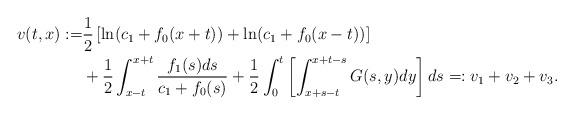
LaTeX: \begin{align*}\begin{aligned}v(t,x):=&\frac{1}{2}\left[\ln (c_1+f_0(x+t))+\ln(c_1+f_0(x-t))\right]\\& +\frac{1}{2}\int_{x-t}^{x+t}\frac{f_1(s)ds}{c_1+f_0(s)} +\frac{1}{2}\int_{0}^t \left[ \int_{x+s-t}^{x+t-s} G(s,y)dy\right]ds =: v_1+v_2+v_3 .\end{aligned}\end{align*}